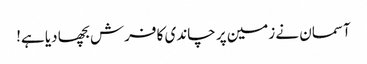
آسمان نے زمین پر چاندی کا فرش بچھا دیا ہے!